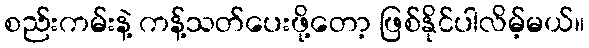
စည်းကမ်းနဲ့ ကန့်သတ်ပေးဖို့တော့ ဖြစ်နိုင်ပါလိမ့်မယ်။